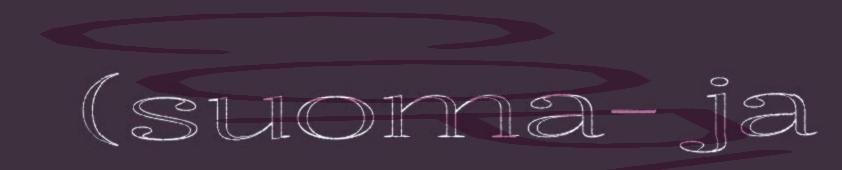
(suoma- ja